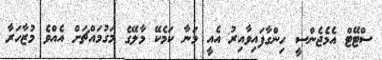
ސްޓޭޓް އެމެޖެންސީ ހިންގާފައިވާއިރު އެއީ މަނާ ކަމެކޭ މާލޭގެ މަގުމައްޗަށް އެއްވެ މުޒާހަރާ